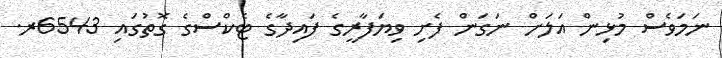
ނަމަވެސް މުޅިން އަލަށް ނަގަން ފެށި ވިޔަފާރީގެ ފައިދާގެ ޓެކްސްގެ ގޮތުގައި 6543ރ.